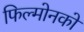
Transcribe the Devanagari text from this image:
फिल्मोनको